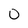
Character: 0